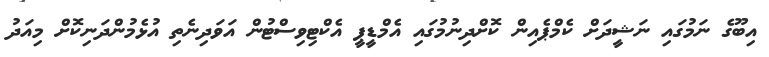
އިބޫގެ ނަމުގައި ނަޝީދަށް ކެމްޕެއިން ކޮށްދިނުމުގައި އެމްޑީޕީ އެކްޓިވިސްޓުން އަވަދިނެތި އުޅެމުންދަނިކޮށް މިއަދު